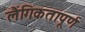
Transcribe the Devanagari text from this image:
लैंगिकतापूर्ण